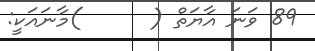
89 ވަނަ އާޔަތް (      )މާނައަކީ: